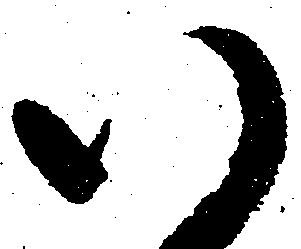
い